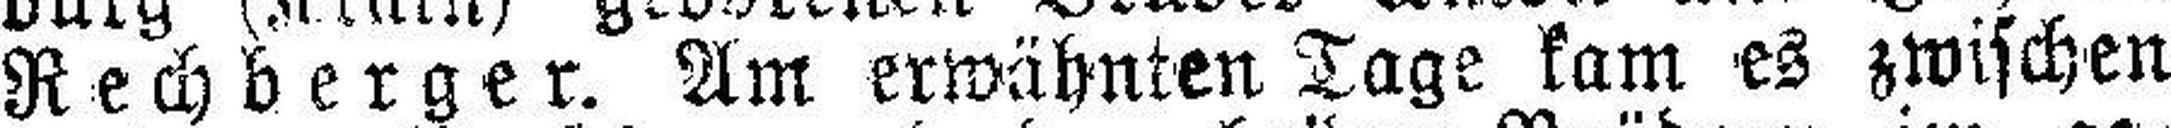
Rechberger. Am erwähnten Tage kam es zwischen